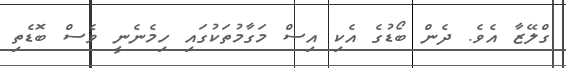
ގްލޭޒާ އެވެ. ދެން ބޯޑުގެ އެކި އިސް މަގާމުތަކުގައި ހިމެނެނީ ވެސް ބޮޑެތި